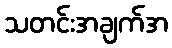
သတင်းအချက်အ